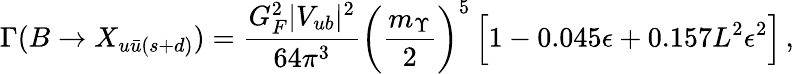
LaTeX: \Gamma(B\to X_{u\bar{u}(s+d)})={\frac{G_{F}^{2}|V_{ub}|^{2}}{64\pi^{3}}}\bigg({\frac{m_{\Upsilon}}{2}}\bigg)^{5}\, \Big[1-0.045\epsilon+0.157L^{2}\epsilon^{2}\Big]\, ,